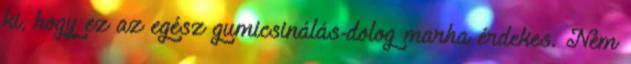
ki, hogy ez az egész gumicsinálás-dolog marha érdekes. Nem